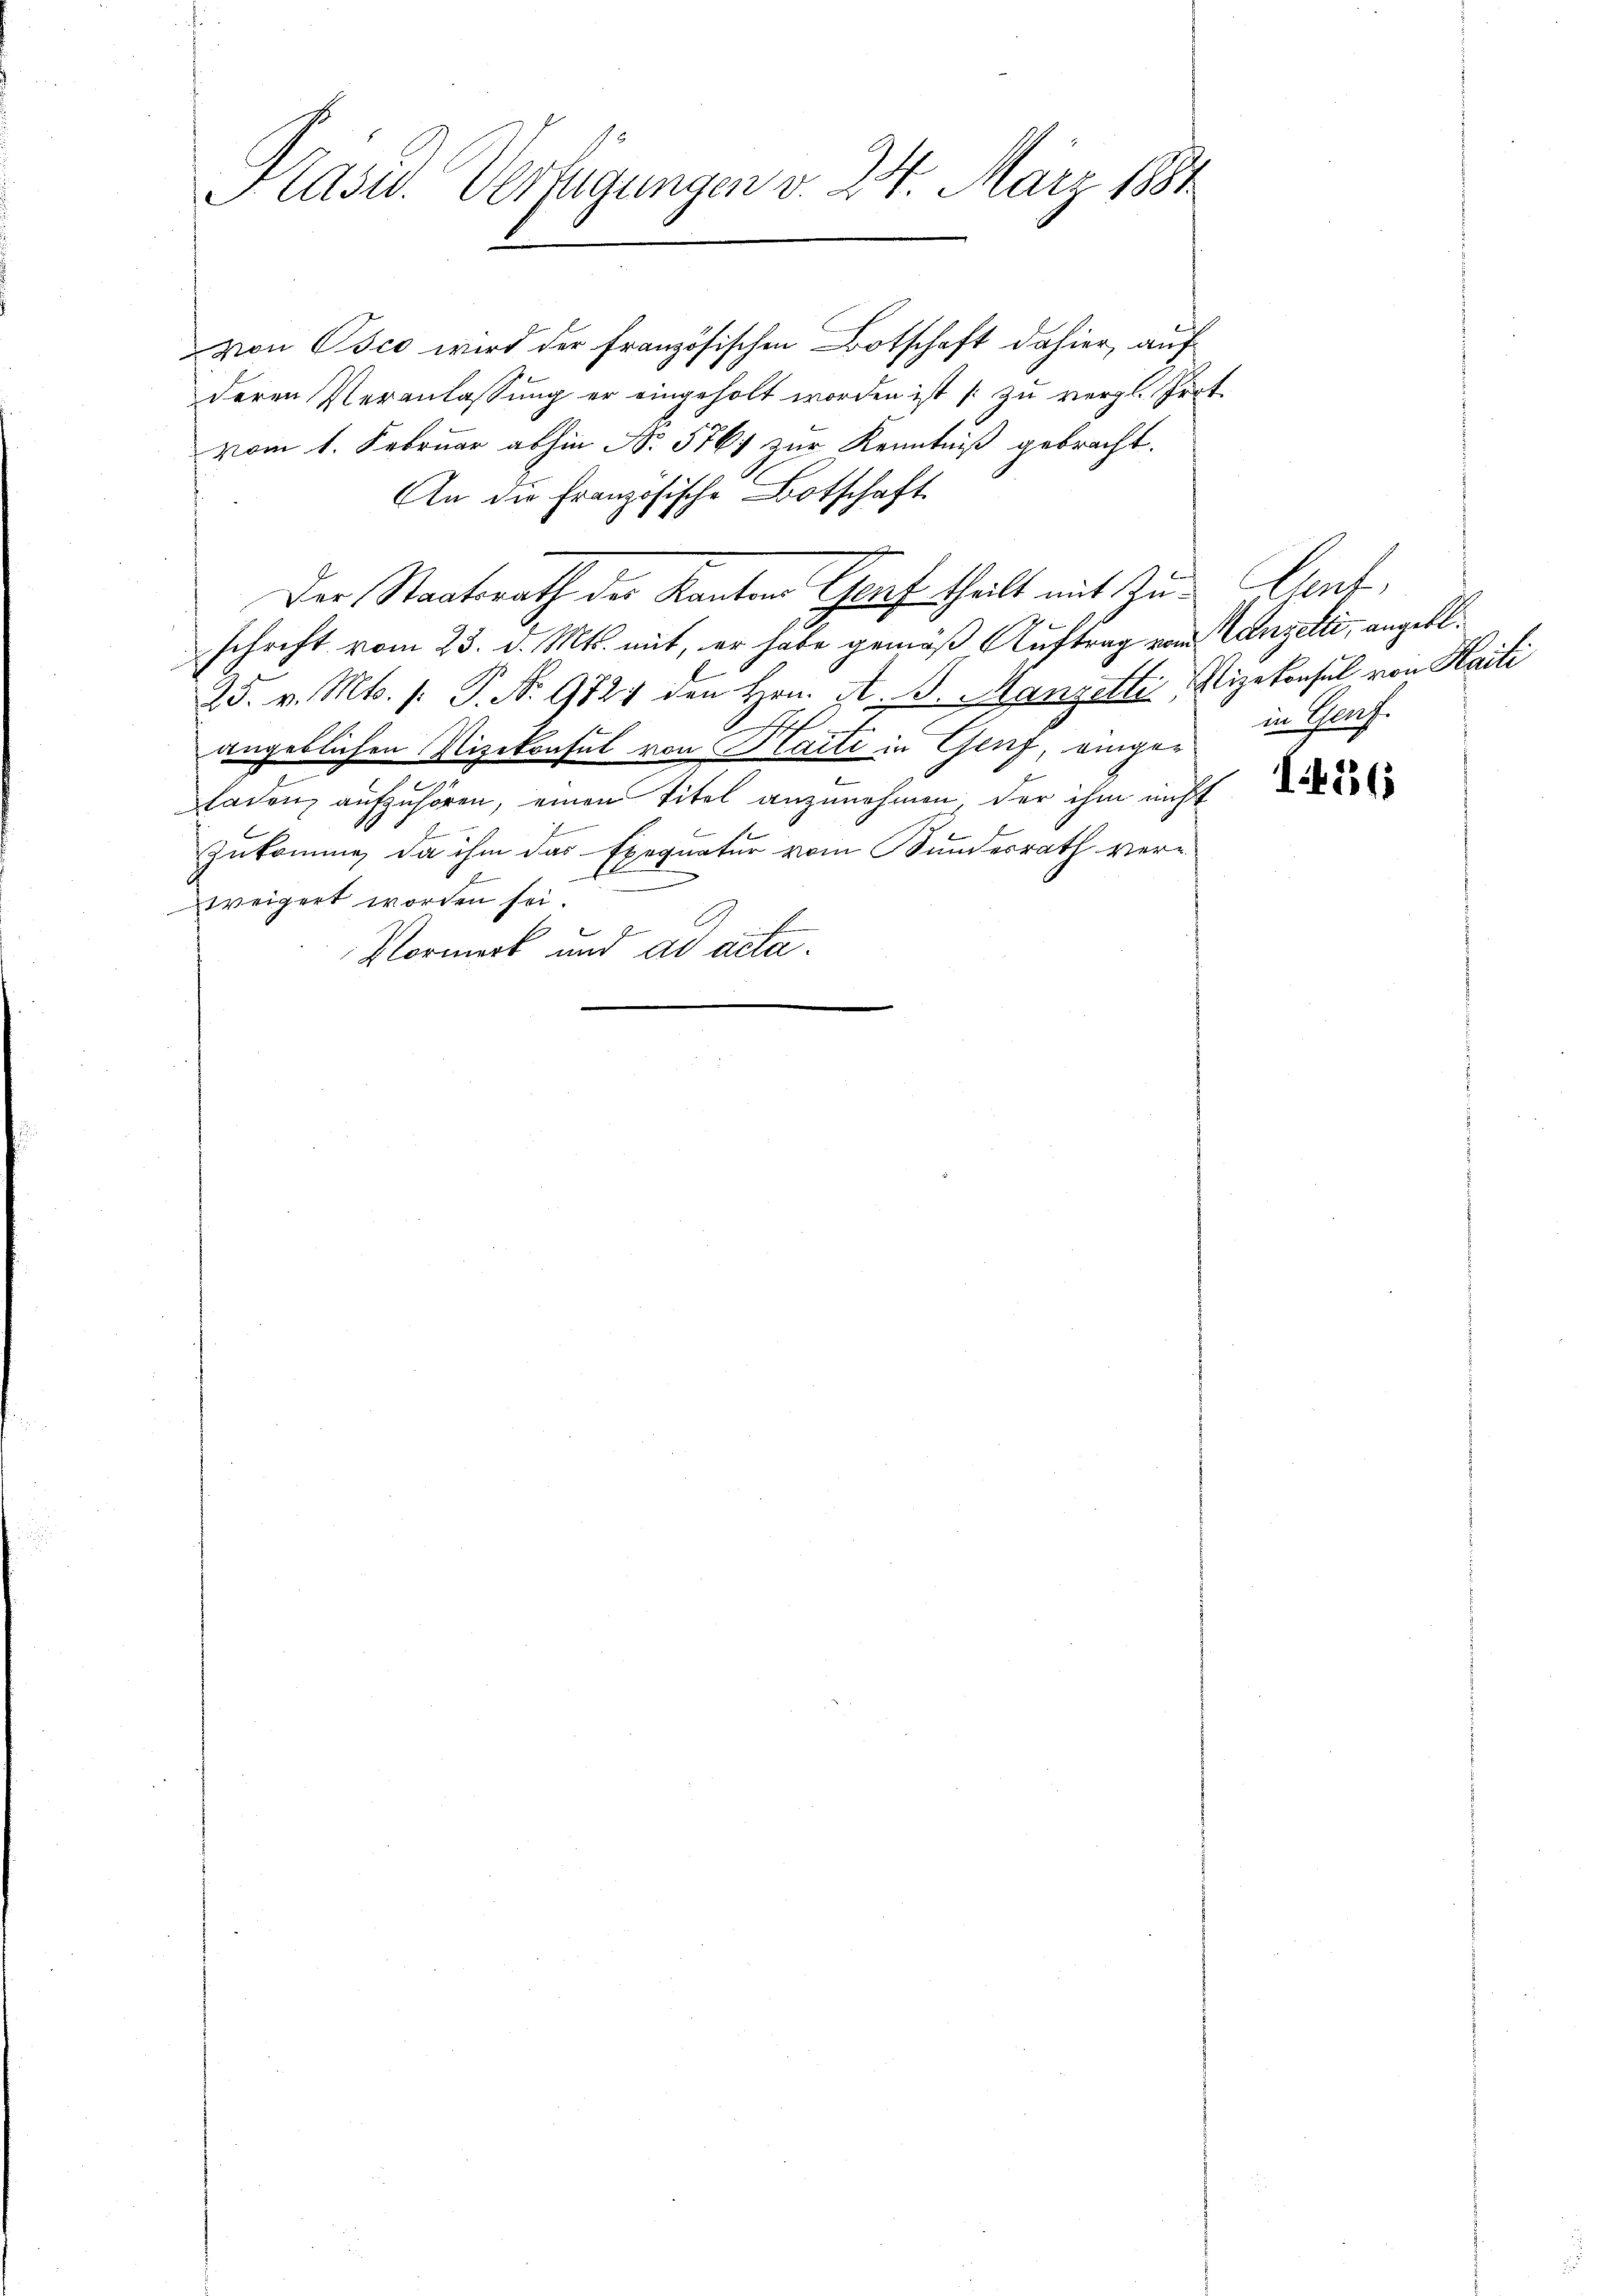
Plast. Verfügungen v. 24. März 1884

von Osco wird der französischen Botschaft dahier, auf
deren Veranlassung er eingeholt worden ist (zu vergl. Pert
vom 1. Februar abhin No 5767 zur Kenntniß gebracht.
An die Französische Botschaft.
Der Staatsrath der Kanton Torf theilt mit zu Genf,
schrift vom 23. d. Mts. mit, er habe gemäß Auftrag vom Canzelti, angebl
25. v. Mts. 1. P. Nr. 9824 den Hrn. A. S. Manzelte, Elizekonsul von Haili
angeblichen Vizekonsul von Marti in Genf, eingen in Ganz
laden aufzuhören, einen Titel anzunehmen, der ihm nicht
Zukomme, da ihm das Exequatur vom Bundesrath verf
weigert worden sei.
Vormerk und ad acta.

I.416